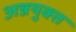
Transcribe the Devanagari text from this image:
अन्नयुक्त